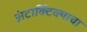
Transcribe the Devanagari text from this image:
अंटार्क्टिक्याचा